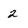
Character: 2